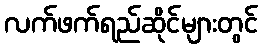
လက်ဖက်ရည်ဆိုင်များတွင်